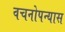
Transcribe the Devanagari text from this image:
वचनोपन्यास